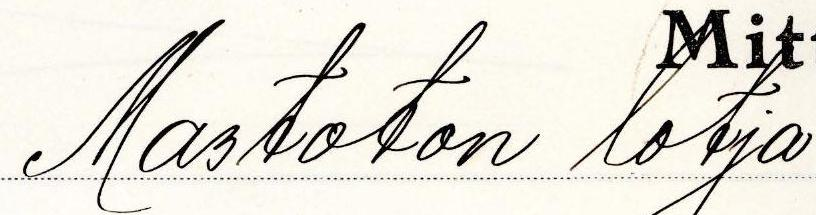
Mastoton lotja